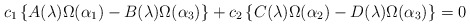
\begin{align*}c_1\left\{ A(\lambda )\Omega (\alpha_1)-B(\lambda )\Omega (\alpha_3)\right\}+c_2\left\{C(\lambda )\Omega (\alpha_2)-D(\lambda )\Omega (\alpha_3)\right\}=0\end{align*}